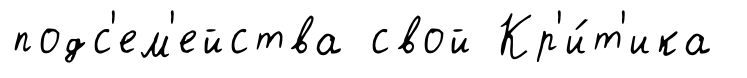
подс'ем'ейства свой Кр'и́т'ика